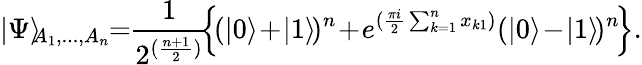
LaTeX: \vert\Psi\rangle_{\! \! A_{1},...,A_{n}}\! \! =\! \! \frac{1}{2^{(\frac{n+1}{2})}}\! \! \left\{ \! (\vert 0\rangle\! +\! \vert 1\rangle\! )^{n}\! +\! e^{(\frac{\pi i}{2}\sum_{k=1}^{n}x_{k1})}(\vert 0\rangle\! -\! \vert 1\rangle\! )^{n}\! \right\} .